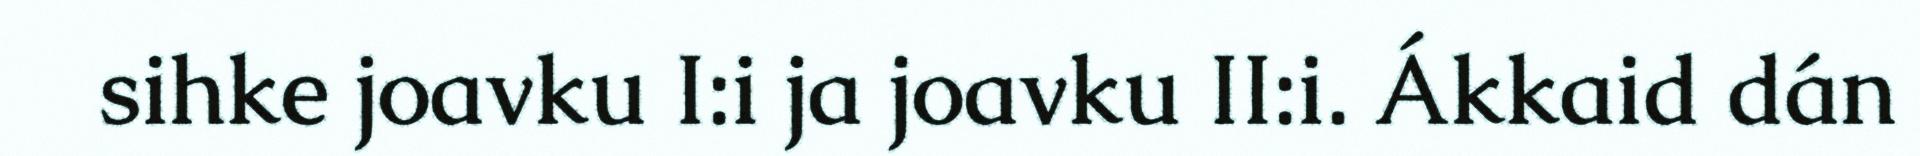
sihke joavku I:i ja joavku II:i. Ákkaid dán